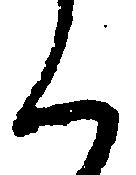
く